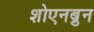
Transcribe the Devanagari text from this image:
शोएनब्रुन